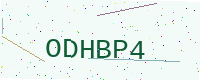
Text: ODHBP4